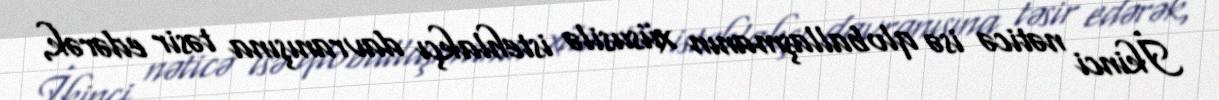
İkinci nəticə isə qloballaşmanın xüsusilə istehlakçı davranışına təsir edərək,